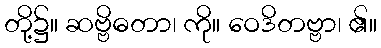
တို့၌။ ဆဗ္ဗိဓတာ၊ ကို။ ဝေဒိတဗ္ဗာ၊ ၏။